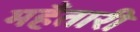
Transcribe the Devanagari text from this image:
महँतारी